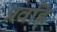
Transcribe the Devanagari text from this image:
प्रवह्लि